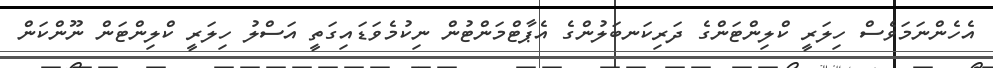
އެހެންނަމަވެސް ހިލަރީ ކްލިންޓަންގެ ދަރިކަނބަލުންގެ އެޕާޓްމަންޓުން ނިކުމެވަޑައިގަތީ އަސްލު ހިލަރީ ކްލިންޓަން ނޫންކަން